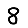
Digit: 8